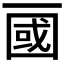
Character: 𰀖